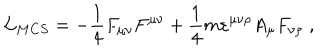
{ \cal L } _ { M C S } = - \frac 1 4 F _ { \mu \nu } F ^ { \mu \nu } + \frac 1 4 m \varepsilon ^ { \mu \nu \rho } A _ { \mu } F _ { \nu \rho } \; ,